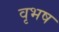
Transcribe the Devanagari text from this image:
वृभष